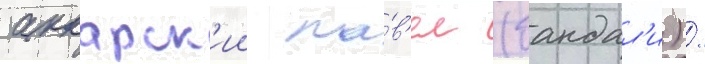
аккарск'ии па́в'ел (бандал'и) /